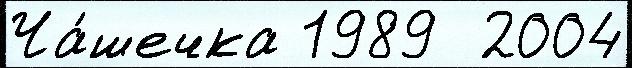
Ча́шечка 1989  2004